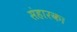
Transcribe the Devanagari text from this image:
संहारक।